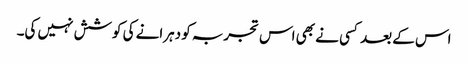
اس کے بعد کسی نے بھی اس تجربہ کو دہرانے کی کوشش نہیں کی۔